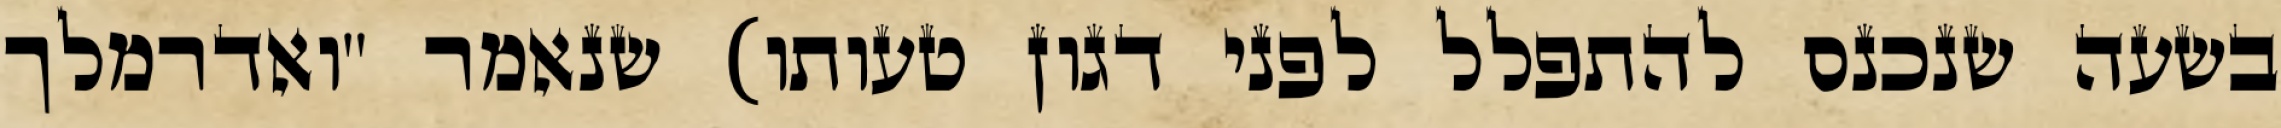
בשעה שנכנס להתפלל לפני דגון טעותו) שנאמר "ואדרמלך